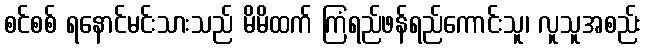
စင်စစ် ရနောင်မင်းသားသည် မိမိထက် ကြံရည်ဖန်ရည်ကောင်းသူ၊ လူသူအစည်း